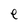
Character: e